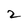
Character: 2